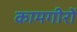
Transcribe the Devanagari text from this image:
कामगीरों